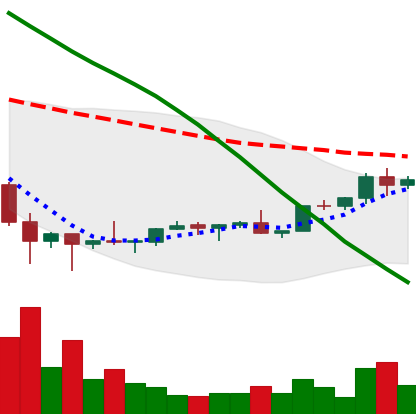
Ticker: EOS-USD
Chart end date: 2022-02-09
Forward return: -11.105%
Label: down_7plus